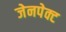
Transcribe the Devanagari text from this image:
जेनपेक्ट